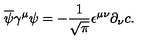
\overline { { \psi } } \gamma ^ { \mu } \psi = - \frac { 1 } { \sqrt { \pi } } \epsilon ^ { \mu \nu } \partial _ { \nu } c .